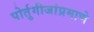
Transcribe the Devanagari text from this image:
पोर्तुगीजांप्रमाणे